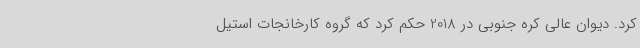
کرد. دیوان عالی کره جنوبی در 2018 حکم کرد که گروه کارخانجات استیل